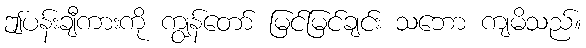
ဤပန်းချီကားကို ကျွန်တော် မြင်မြင်ချင်း သဘော ကျမိသည်။